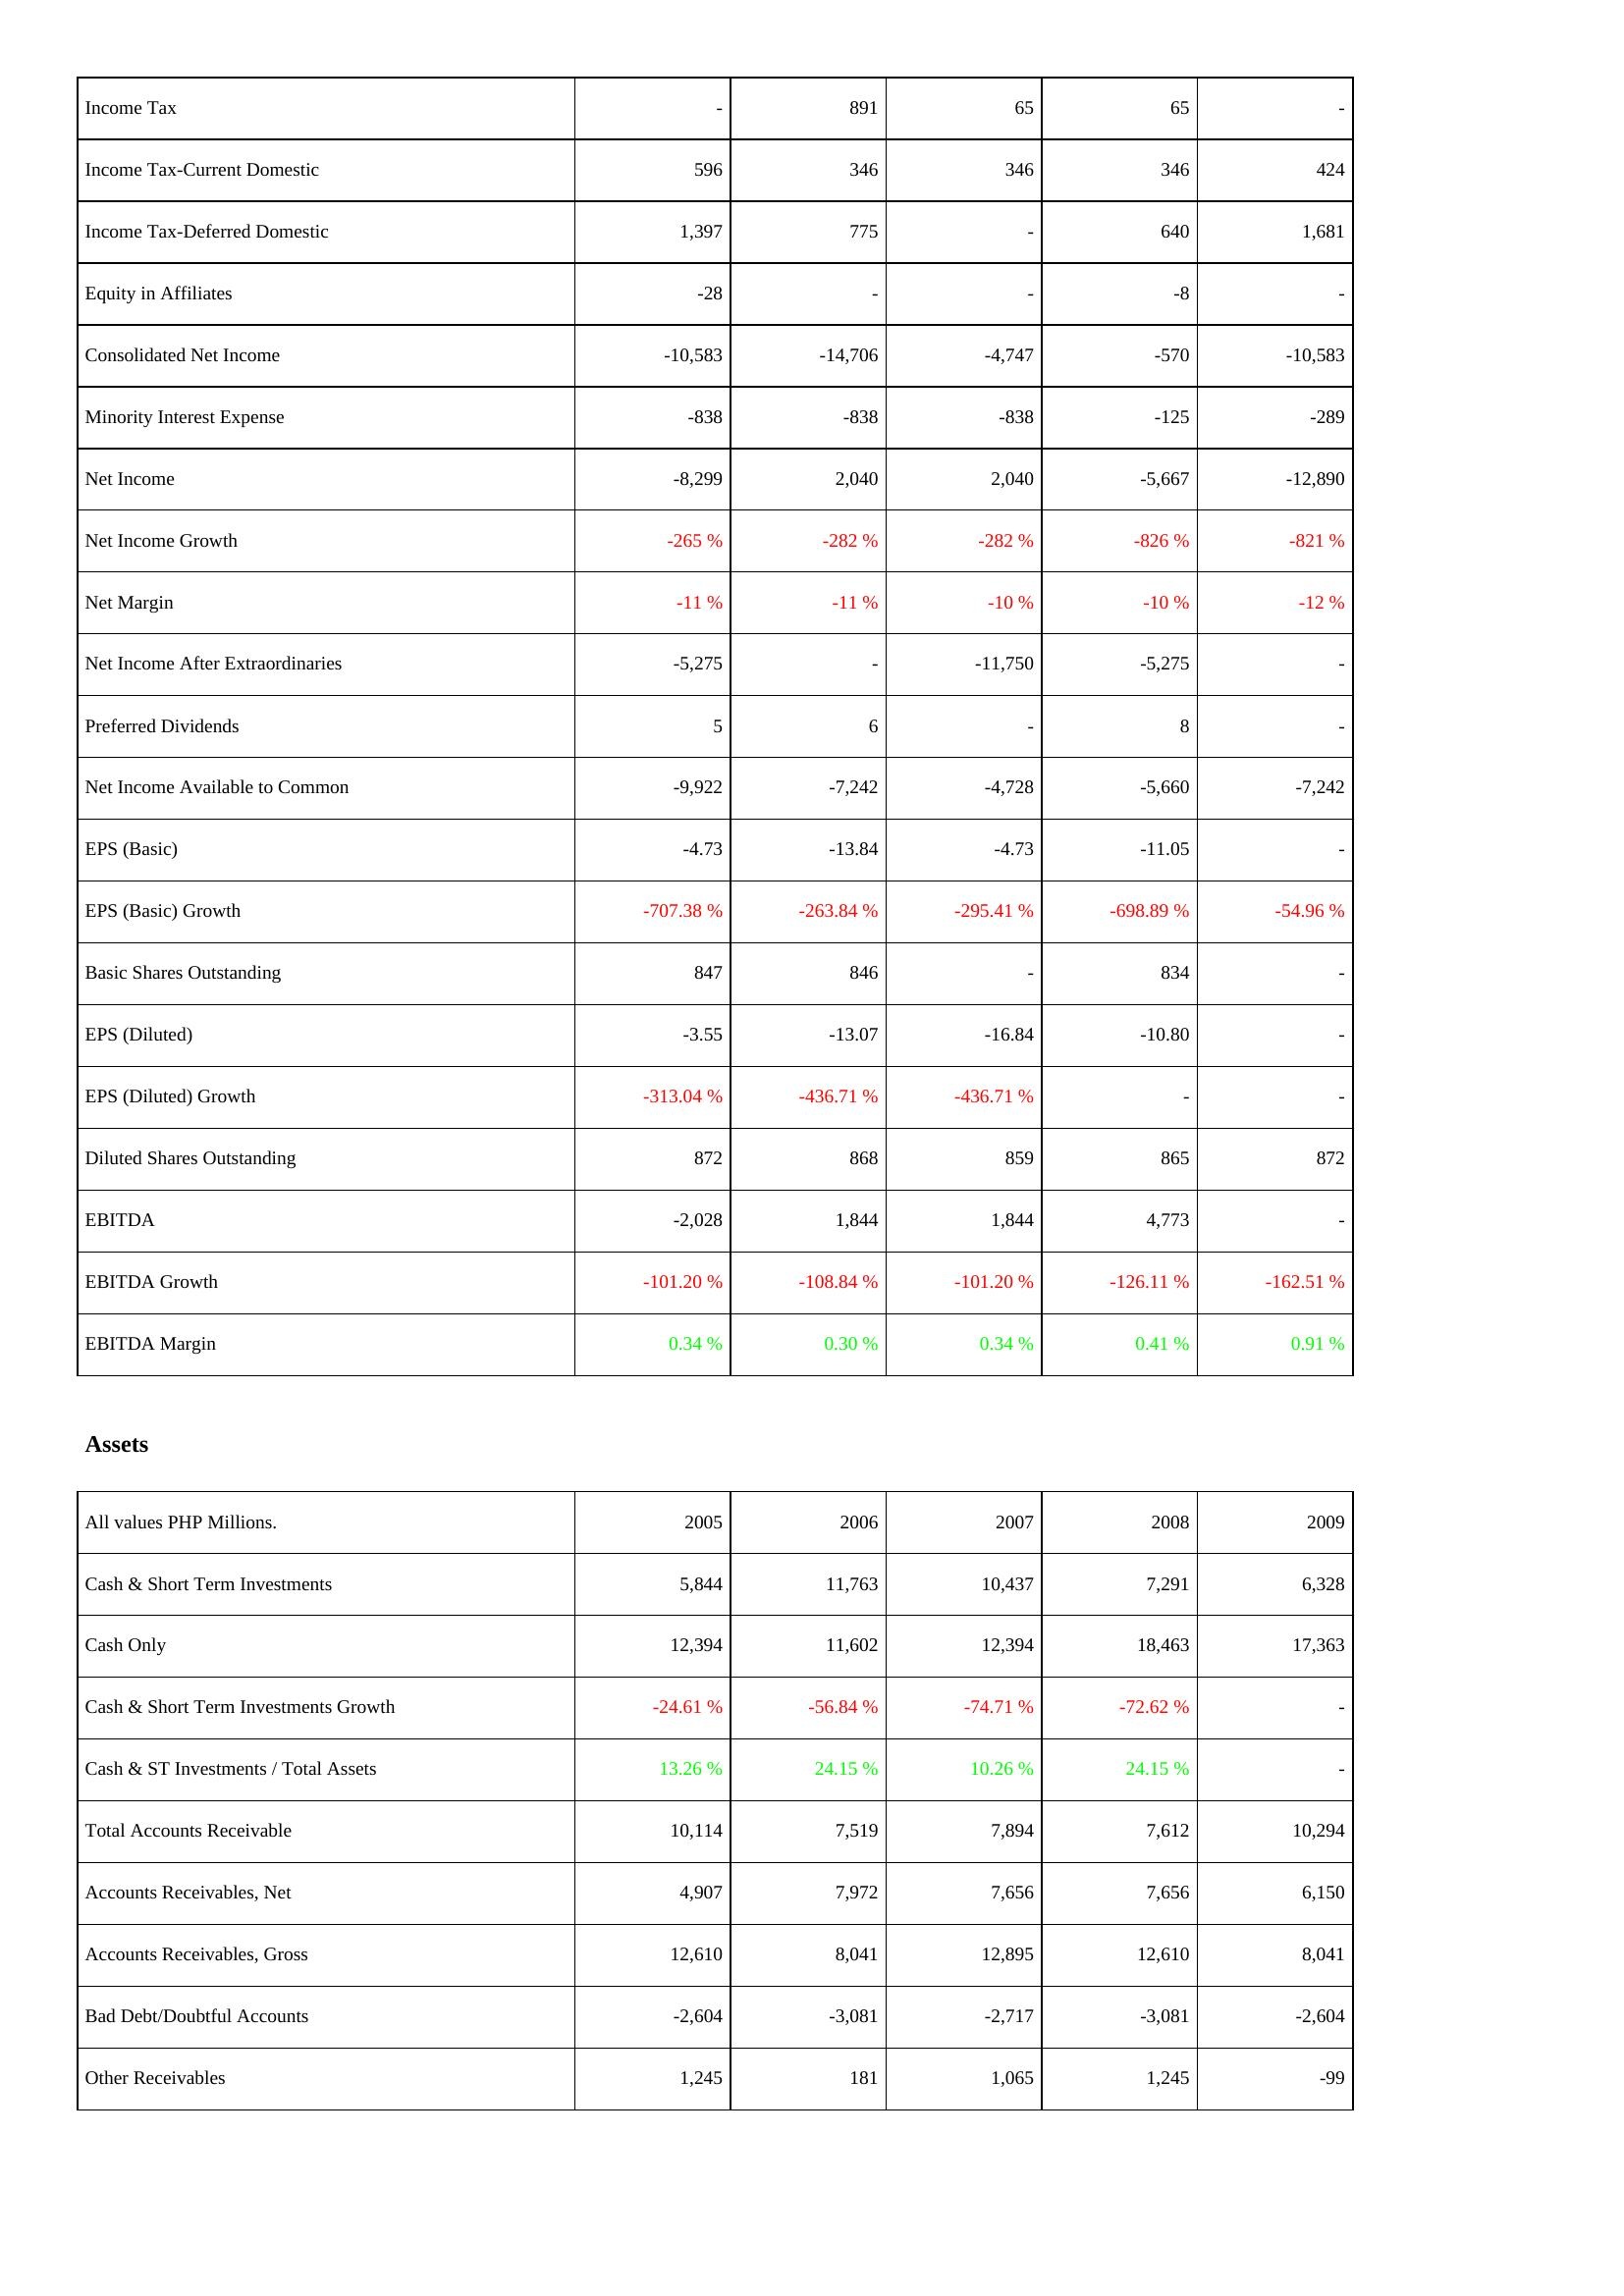
2005: Income Statement: Income Tax: -
Income Tax-Current Domestic: 596
Income Tax-Deferred Domestic: 1,397
Equity in Affiliates: -28
Consolidated Net Income: -10,583
Minority Interest Expense: -838
Net Income: -8,299
Net Income Growth: -265 %
Net Margin: -11 %
Net Income After Extraordinaries: -5,275
Preferred Dividends: 5
Net Income Available to Common: -9,922
EPS (Basic): -4.73
EPS (Basic) Growth: -707.38 %
Basic Shares Outstanding: 847
EPS (Diluted): -3.55
EPS (Diluted) Growth: -313.04 %
Diluted Shares Outstanding: 872
EBITDA: -2,028
EBITDA Growth: -101.20 %
EBITDA Margin: 0.34 %
Assets: Cash & Short Term Investments: 5,844
Cash Only: 12,394
Cash & Short Term Investments Growth: -24.61 %
Cash & ST Investments / Total Assets: 13.26 %
Total Accounts Receivable: 10,114
Accounts Receivables, Net: 4,907
Accounts Receivables, Gross: 12,610
Bad Debt/Doubtful Accounts: -2,604
Other Receivables: 1,245
2006: Income Statement: Income Tax: 891
Income Tax-Current Domestic: 346
Income Tax-Deferred Domestic: 775
Equity in Affiliates: -
Consolidated Net Income: -14,706
Minority Interest Expense: -838
Net Income: 2,040
Net Income Growth: -282 %
Net Margin: -11 %
Net Income After Extraordinaries: -
Preferred Dividends: 6
Net Income Available to Common: -7,242
EPS (Basic): -13.84
EPS (Basic) Growth: -263.84 %
Basic Shares Outstanding: 846
EPS (Diluted): -13.07
EPS (Diluted) Growth: -436.71 %
Diluted Shares Outstanding: 868
EBITDA: 1,844
EBITDA Growth: -108.84 %
EBITDA Margin: 0.30 %
Assets: Cash & Short Term Investments: 11,763
Cash Only: 11,602
Cash & Short Term Investments Growth: -56.84 %
Cash & ST Investments / Total Assets: 24.15 %
Total Accounts Receivable: 7,519
Accounts Receivables, Net: 7,972
Accounts Receivables, Gross: 8,041
Bad Debt/Doubtful Accounts: -3,081
Other Receivables: 181
2007: Income Statement: Income Tax: 65
Income Tax-Current Domestic: 346
Income Tax-Deferred Domestic: -
Equity in Affiliates: -
Consolidated Net Income: -4,747
Minority Interest Expense: -838
Net Income: 2,040
Net Income Growth: -282 %
Net Margin: -10 %
Net Income After Extraordinaries: -11,750
Preferred Dividends: -
Net Income Available to Common: -4,728
EPS (Basic): -4.73
EPS (Basic) Growth: -295.41 %
Basic Shares Outstanding: -
EPS (Diluted): -16.84
EPS (Diluted) Growth: -436.71 %
Diluted Shares Outstanding: 859
EBITDA: 1,844
EBITDA Growth: -101.20 %
EBITDA Margin: 0.34 %
Assets: Cash & Short Term Investments: 10,437
Cash Only: 12,394
Cash & Short Term Investments Growth: -74.71 %
Cash & ST Investments / Total Assets: 10.26 %
Total Accounts Receivable: 7,894
Accounts Receivables, Net: 7,656
Accounts Receivables, Gross: 12,895
Bad Debt/Doubtful Accounts: -2,717
Other Receivables: 1,065
2008: Income Statement: Income Tax: 65
Income Tax-Current Domestic: 346
Income Tax-Deferred Domestic: 640
Equity in Affiliates: -8
Consolidated Net Income: -570
Minority Interest Expense: -125
Net Income: -5,667
Net Income Growth: -826 %
Net Margin: -10 %
Net Income After Extraordinaries: -5,275
Preferred Dividends: 8
Net Income Available to Common: -5,660
EPS (Basic): -11.05
EPS (Basic) Growth: -698.89 %
Basic Shares Outstanding: 834
EPS (Diluted): -10.80
EPS (Diluted) Growth: -
Diluted Shares Outstanding: 865
EBITDA: 4,773
EBITDA Growth: -126.11 %
EBITDA Margin: 0.41 %
Assets: Cash & Short Term Investments: 7,291
Cash Only: 18,463
Cash & Short Term Investments Growth: -72.62 %
Cash & ST Investments / Total Assets: 24.15 %
Total Accounts Receivable: 7,612
Accounts Receivables, Net: 7,656
Accounts Receivables, Gross: 12,610
Bad Debt/Doubtful Accounts: -3,081
Other Receivables: 1,245
2009: Income Statement: Income Tax: -
Income Tax-Current Domestic: 424
Income Tax-Deferred Domestic: 1,681
Equity in Affiliates: -
Consolidated Net Income: -10,583
Minority Interest Expense: -289
Net Income: -12,890
Net Income Growth: -821 %
Net Margin: -12 %
Net Income After Extraordinaries: -
Preferred Dividends: -
Net Income Available to Common: -7,242
EPS (Basic): -
EPS (Basic) Growth: -54.96 %
Basic Shares Outstanding: -
EPS (Diluted): -
EPS (Diluted) Growth: -
Diluted Shares Outstanding: 872
EBITDA: -
EBITDA Growth: -162.51 %
EBITDA Margin: 0.91 %
Assets: Cash & Short Term Investments: 6,328
Cash Only: 17,363
Cash & Short Term Investments Growth: -
Cash & ST Investments / Total Assets: -
Total Accounts Receivable: 10,294
Accounts Receivables, Net: 6,150
Accounts Receivables, Gross: 8,041
Bad Debt/Doubtful Accounts: -2,604
Other Receivables: -99